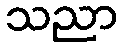
သညာ